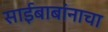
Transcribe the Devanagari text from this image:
साईबाबांनाचा